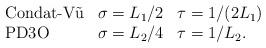
LaTeX: \begin{align*} \begin{array}{lll}\mbox{Condat-V\~u} & \sigma=L_1/2 & \tau=1/(2L_1) \\\mbox{PD3O} & \sigma=L_2/4 & \tau=1/L_2.\end{array}\end{align*}